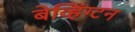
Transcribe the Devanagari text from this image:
बेव्हिंग्टन